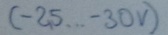
Text: (-25...-30V)